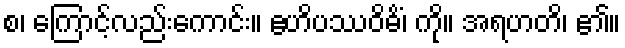
စ၊ ကြောင့်လည်းကောင်း။ ဧဟိပဿဝိဓိံ၊ ကို။ အရဟတိ၊ ၏။